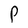
Character: P